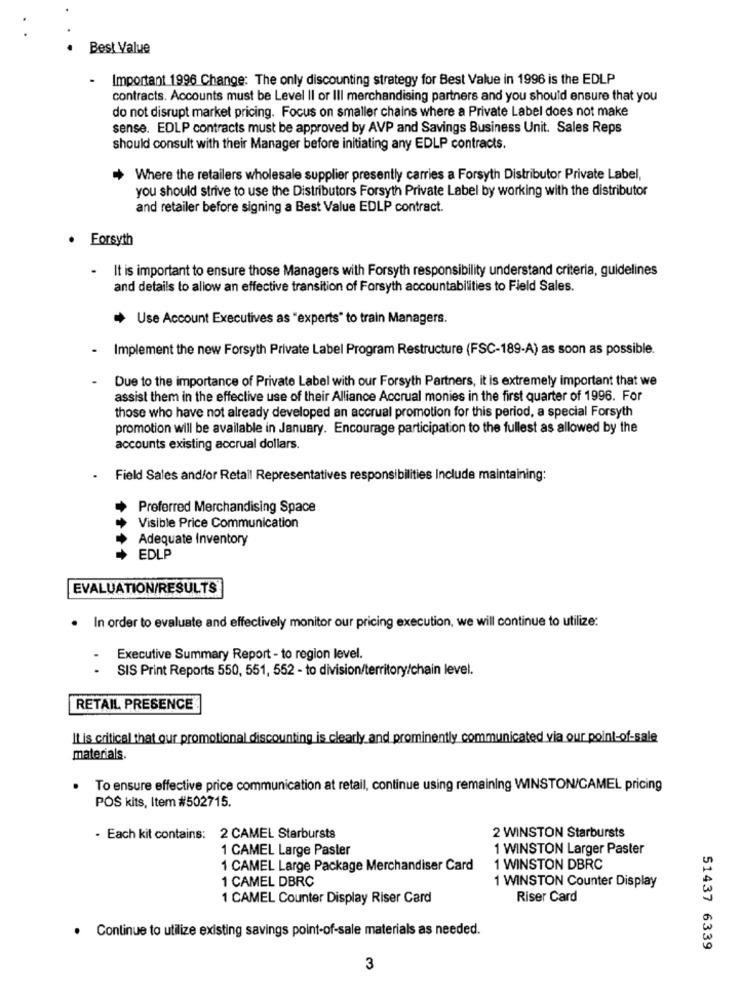
Best Value
-
Important 1996 Change: The only discounting strategy for Best Value in 1996 is the EDLP
contracts. Accounts must be Level Il or III merchandising partners and you should ensure that you
do not disrupt market pricing. Focus on smaller chains where a Private Label does not make
sense. EDLP contracts must be approved by AVP and Savings Business Unit. Sales Reps
should consult with their Manager before initiating any EDLP contracts.
Where the retailers wholesale supplier presently carries a Forsyth Distributor Private Label,
you should strive to use the Distributors Forsyth Private Label by working with the distributor
and retailer before signing a Best Value EDLP contract.
Forsyth
- It is important to ensure those Managers with Forsyth responsibility understand criteria, guidelines
and details to allow an effective transition of Forsyth accountabilities to Field Sales.
Use Account Executives as "experts" to train Managers.
.
Implement the new Forsyth Private Label Program Restructure (FSC-189-A) as soon as possible.
Due to the importance of Private Label with our Forsyth Partners, it is extremely important that we
assist them in the effective use of their Alliance Accrual monies in the first quarter of 1996. For
those who have not already developed an accrual promotion for this period, a special Forsyth
promotion will be available in January. Encourage participation to the fullest as allowed by the
accounts existing accrual dollars.
.
Field Sales and/or Retail Representatives responsibilities Include maintaining:
Preferred Merchandising Space
Visible Price Communication
Adequate Inventory
EDLP
EVALUATION/RESULTS
· In order to evaluate and effectively monitor our pricing execution, we will continue to utilize:
Executive Summary Report - to region level.
SIS Print Reports 550, 551, 552 - to division/territory/chain level.
RETAIL PRESENCE
It is critical that our promotional discounting is clearly and prominently communicated via our point-of-sale
materials.
To ensure effective price communication at retail, continue using remaining WINSTON/CAMEL pricing
POS kits, Item #502715.
- Each kit contains: 2 CAMEL Starbursts
2 WINSTON Starbursts
1 CAMEL Large Paster
1 WINSTON Larger Paster
1 CAMEL Large Package Merchandiser Card
1 WINSTON DBRC
1 CAMEL DBRC
1 WINSTON Counter Display
1 CAMEL Counter Display Riser Card
Riser Card
· Continue to utilize existing savings point-of-sale materials as needed.
51437 6339
3